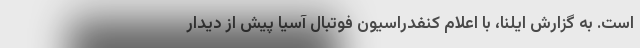
است. به گزارش ایلنا، با اعلام کنفدراسیون فوتبال آسیا پیش از دیدار